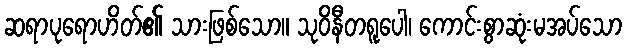
ဆရာပုရောဟိတ်၏ သားဖြစ်သော။ သုဝိနီတရူပေါ၊ ကောင်းစွာဆုံးမအပ်သော